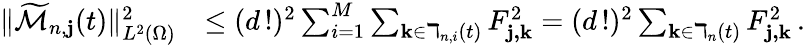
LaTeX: \begin{array}{rl}{\| \widetilde{\mathcal{M}}_{n,\mathbf{j}}(t)\| _{L^{2}(\Omega)}^{2}}&{\leq(d\, !)^{2}\sum_{i=1}^{M}\sum_{\textbf{k}\in\daleth_{n,i}(t)}F_{\textbf{j,k}}^{2}=(d\, !)^{2}\sum_{\textbf{k}\in\daleth_{n}(t)}F_{\textbf{j,k}}^{2}\, .}\end{array}